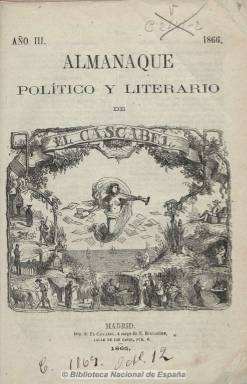
Título: Almanaque político y literario de El Cascabel
Colección: Almanaques || Revistas satíricas y humorísticas
Ámbito geográfico: Madrid
Lugar de publicación: Madrid
Fechas: 01/01/1866-31/12/1866

Con notas astronómicas y de festividades, calendario y santoral y pronósticos cómicos y políticos para el año 1866. Contiene narraciones literarias y composiciones poéticas de, entre otros, Carlos Frontaura, José Fernández Bremón y Cecilio Navarro. Así como una parte de consejos de higiene y consumo, y varias páginas de publicidad. Acompañado de dibujos, algunos de carácter burlesco, así como grabados de costumbres. Continúa la serie del almanaque que el periódico satírico El Cascabel editó para 1865 y 1864, y es continuado por Almanaque de El Cascabel, para años posteriores.